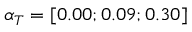
\alpha _ { T } = [ 0 . 0 0 ; 0 . 0 9 ; 0 . 3 0 ]